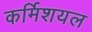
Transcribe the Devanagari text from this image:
कर्मिशयल